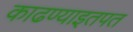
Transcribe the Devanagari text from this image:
काढण्याइतपत